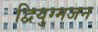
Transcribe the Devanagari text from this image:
द्वियुग्मजन